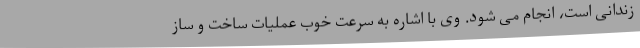
زندانی است، انجام می شود. وی با اشاره به سرعت خوب عملیات ساخت و ساز